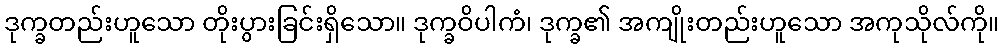
ဒုက္ခတည်းဟူသော တိုးပွားခြင်းရှိသော။ ဒုက္ခဝိပါကံ၊ ဒုက္ခ၏ အကျိုးတည်းဟူသော အကုသိုလ်ကို။